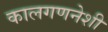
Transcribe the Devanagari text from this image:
कालगणनेशी